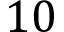
1 0